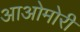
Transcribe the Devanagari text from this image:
आओमोरी